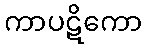
ကာပဋိကော